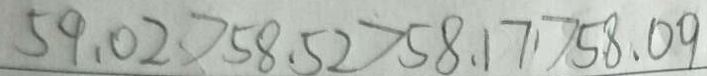
5 9 . 0 2 > 5 8 . 5 2 > 5 8 . 1 7 > 5 8 . 0 9